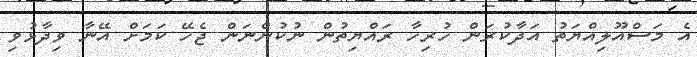
އެ މަސްއޫލިއްޔަތު އަދާކުރަން ހުރިހާ ރައްޔިތުން ނުކުންނަން ޖެހޭ ކަމަށް އޭނާ ވިދާޅުވި